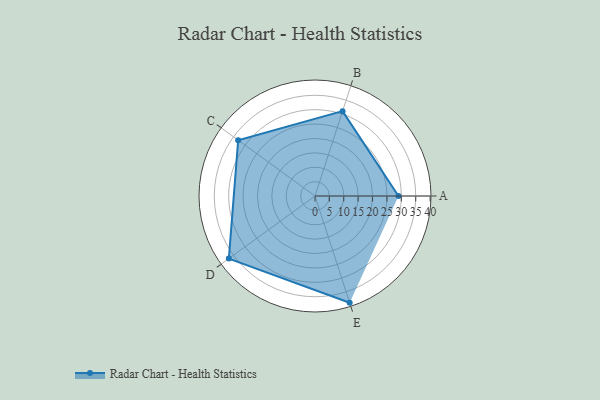
{"axis": {"x": "Skill", "y": "Score"}, "legend": ["Profile"], "data": [{"x": "A", "y": 29.0, "type": "Profile"}, {"x": "B", "y": 31.0, "type": "Profile"}, {"x": "C", "y": 33.0, "type": "Profile"}, {"x": "D", "y": 37.0, "type": "Profile"}, {"x": "E", "y": 39.0, "type": "Profile"}]}